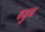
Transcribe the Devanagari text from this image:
वडुथ